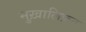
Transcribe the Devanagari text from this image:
मुख़ालिफ़त